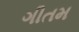
ગીતમ